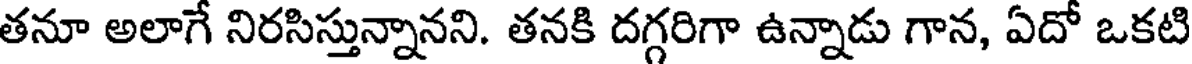
తనూ అలాగే నిరసిస్తున్నానని. తనకి దగ్గరిగా ఉన్నాడు గాన, ఏదో ఒకటి